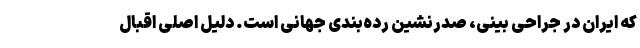
که ایران در جراحی بینی، صدرنشین رده‌بندی جهانی است. دلیل اصلی اقبال